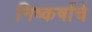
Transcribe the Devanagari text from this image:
निष्कर्षाचे